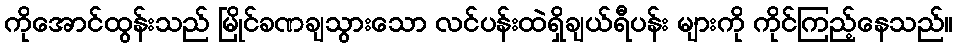
ကိုအောင်ထွန်းသည် မြိုင်ခဏချသွားသော လင်ပန်းထဲရှိချယ်ရီပန်း များကို ကိုင်ကြည့်နေသည်။